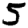
Digit: 5